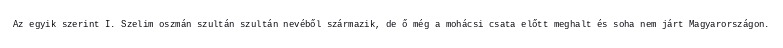
Az egyik szerint I. Szelim oszmán szultán szultán nevéből származik, de ő még a mohácsi csata előtt meghalt és soha nem járt Magyarországon.